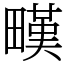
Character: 𤳉